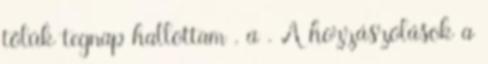
tőlük tegnap hallottam , a . A hozzászólások a